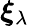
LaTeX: \boldsymbol{\xi}_{\lambda}